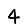
Digit: 4